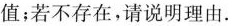
值；若不存在，请说明理由。